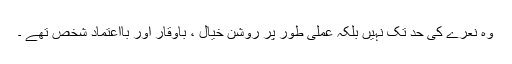
وہ نعرے کی حد تک نہیں بلکہ عملی طور پر روشن خیال ، باوقار اور بااعتماد شخص تھے ۔